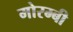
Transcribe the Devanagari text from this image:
मोरम्बी